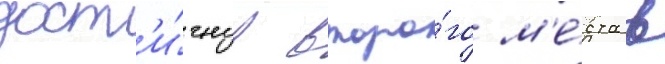
дост'и́гнув второ́го м'е́ста в